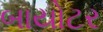
બાયોટર